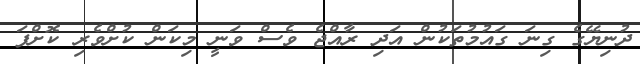
ދުނިޔޭގެ ގިނަ ގައުމުތަކުން އަދި ރާއްޖެ ވެސް ވަނީ މިކަން ކުށްވެރި ކޮށްފަ